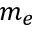
m _ { e }